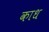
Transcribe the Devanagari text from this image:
काध